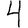
Digit: 4